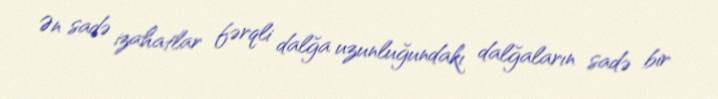
Ən sadə izahatlar fərqli dalğa uzunluğundakı dalğaların sadə bir